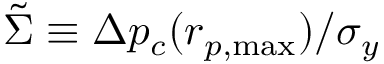
\tilde { \Sigma } \equiv \Delta p _ { c } ( r _ { p , \mathrm { { m a x } } } ) / \sigma _ { y }